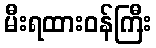
မီးရထားဝန်ကြီး